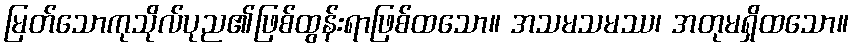
မြတ်သောကုသိုလ်ပုည၏ဖြစ်ထွန်းရာဖြစ်ထသော။ အသမသမဿ၊ အတုမရှိထသော။